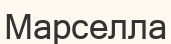
Марселла